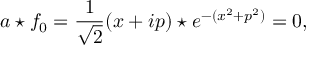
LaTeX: a \star f _ { 0 } = \frac { 1 } { \sqrt { 2 } } ( x + i p ) \star e ^ { - ( x ^ { 2 } + p ^ { 2 } ) } = 0 ,